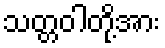
သတ္တဝါတို့အား